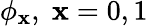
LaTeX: \phi_{\mathbf{x}},\; \mathbf{x}=0,1